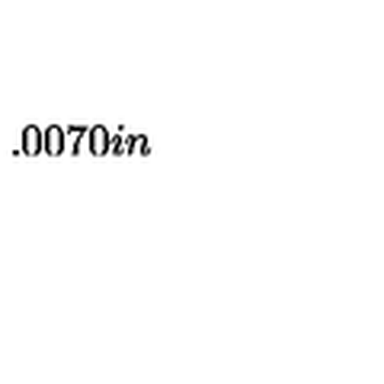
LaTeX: \setlength { \unitlength } { 0 . 0 0 7 0 i n }